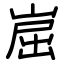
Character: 崫